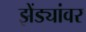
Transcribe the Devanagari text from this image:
झेंड्यांवर